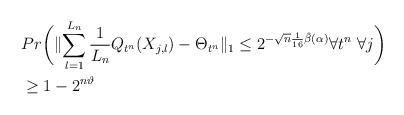
LaTeX: \begin{align*} &Pr \biggl( \lVert \sum_{l=1}^{L_{n}} \frac{1}{L_{n}} Q_{t^n}(X_{j,l}) -\Theta_{t^n}\rVert_1 \leq 2^{-\sqrt{n}\frac{1}{16}\hat{\beta}(\alpha)} \forall t^n ~ \forall j \biggr)\allowdisplaybreaks\\&\geq 1- 2^{n\vartheta}\end{align*}